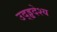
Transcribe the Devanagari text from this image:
उद्ड्ढदेश्य